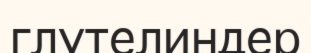
глутелиндер